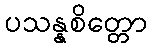
ပသန္နစိတ္တော